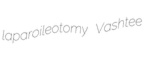
laparoileotomy Vashtee